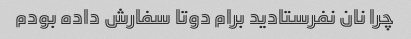
چرا نان نفرستادید برام دوتا سفارش داده بودم